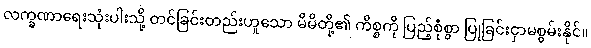
လက္ခဏာရေးသုံးပါးသို့ တင်ခြင်းတည်းဟူသော မိမိတို့၏ ကိစ္စကို ပြည့်စုံစွာ ပြုခြင်းငှာမစွမ်းနိုင်။